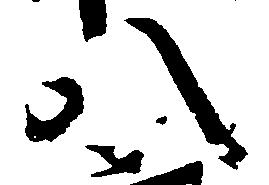
八